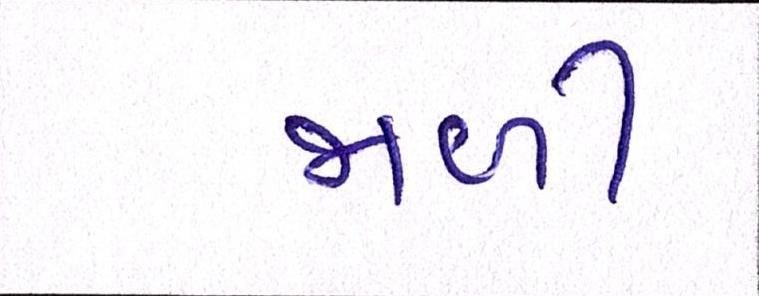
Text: જાળી